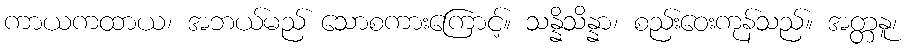
ကာယကထာယ၊ အဘယ်မည် သောစကားကြောင့်။ သန္နိသိန္နာ၊ စည်းဝေးကုန်သည်။ အတ္တနူ၊